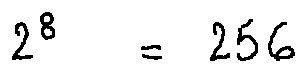
2 ^ { 8 } = 2 5 6